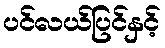
ပင်လယ်ပြင်နှင့်